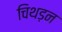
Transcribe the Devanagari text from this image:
चिथड़न